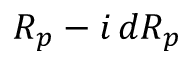
R _ { p } - i \, d R _ { p }